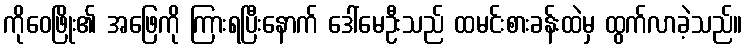
ကိုဝေဖြိုး၏ အဖြေကို ကြားရပြီးနောက် ဒေါ်မေဦးသည် ထမင်းစားခန်းထဲမှ ထွက်လာခဲ့သည်။